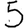
Digit: 5